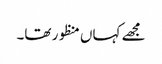
مجھے کہاں منظور تھا۔